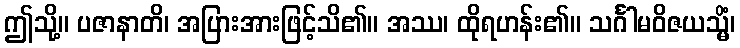
ဤသို့။ ပဇာနာတိ၊ အပြားအားဖြင့်သိ၏။ အဿ၊ ထိုရဟန်း၏။ သင်္ဂါမဝိဇယသ္မိံ၊